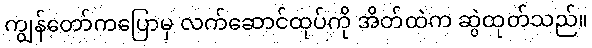
ကျွန်တော်ကပြောမှ လက်ဆောင်ထုပ်ကို အိတ်ထဲက ဆွဲထုတ်သည်။